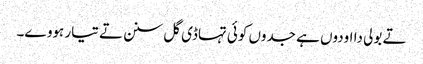
تے بولی دا اودوں ہے جدوں کوئی تہاڈی گل سنن تے تیار ہووے۔